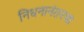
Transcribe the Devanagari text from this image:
निधनानंतरचा